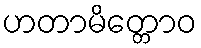
ဟတာမိတ္တောဝ